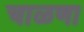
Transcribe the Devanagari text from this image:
चाळणा